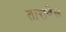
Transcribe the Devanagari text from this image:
तारावेस